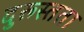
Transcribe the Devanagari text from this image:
दुरूस्तता